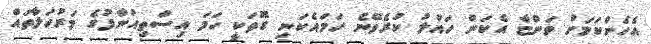
އެހެންކަމަށް ވަންޏާ އެކަން ހައްލު ކުރެވޭނެ ހަމައެކަނި ގޮތަކީ ހަމަ އިސްތިއުނާފުގެ މަރުހަލާތައް